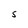
Character: S